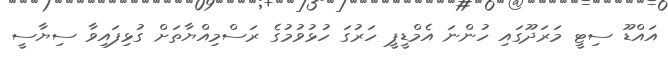
އައްޑޫ ސިޓީ މަރަދޫގައި ހުންނަ އެމްޑީޕީ ހަރުގަ ހުޅުވުމުގެ ރަސްމިއްޔާތަށް ގުޅިފައިވާ ސިޔާސީ